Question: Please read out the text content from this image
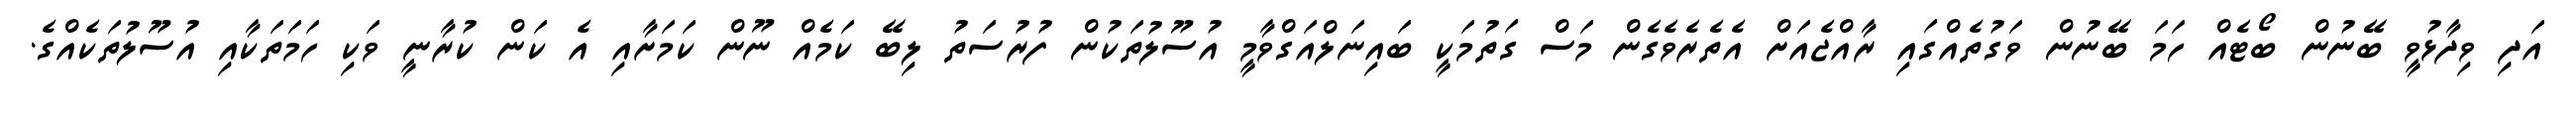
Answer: އަދި ވިދާޅުވީ ބޭނުން ބޯޓެއް ހަމަ ބޭނުން ވަގުތެއްގައި ރާއްޖެއަށް އެތެރެވެގެން މަސް ގަތުމަކީ ބައިނަލްއަގްވާމީ އުސޫލުތަކުން ފުރުސަތު ލިބޭ ކަމެއް ނޫން ކަމަށާއި އެ ކަން ކުރާނީ ވަކި ހަމަތަކާއި އުސޫލުތަކެއްގެ.